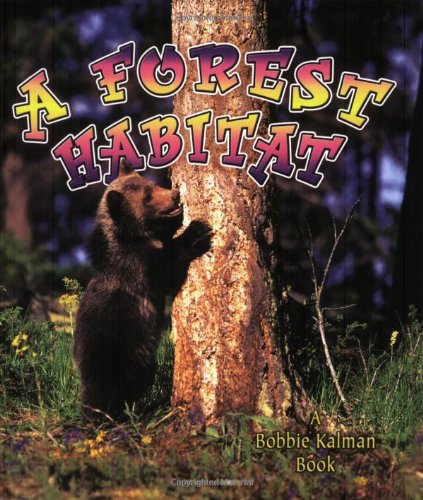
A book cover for A Forest Habitat (Introducing Habitats); Bobbie Kalman; Children's Books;